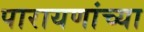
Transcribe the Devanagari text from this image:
पारायणांच्या